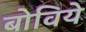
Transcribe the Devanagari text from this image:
बोविये